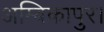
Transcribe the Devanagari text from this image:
अम्बिकापुर।